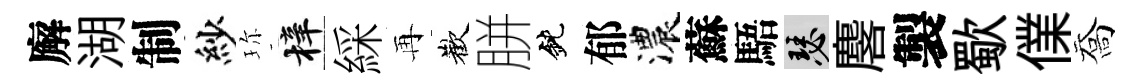
廨湖制紗珎梓綵再歡胼鈍郁濃蘇䮏瑟麐製歜㒒喬